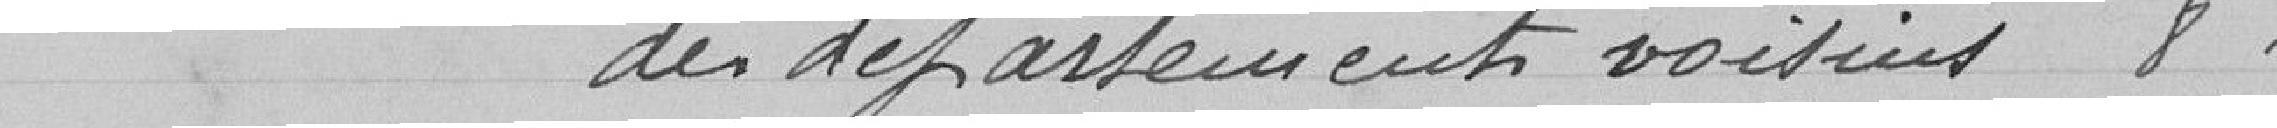
des départements voisins 8